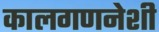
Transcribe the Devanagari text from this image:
कालगणनेशी